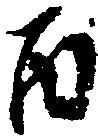
丙